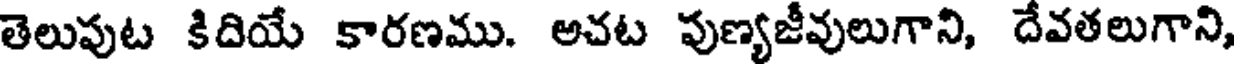
తెలుపుట కిదియే కారణము. అచట పుణ్యజీవులుగాని, దేవతలుగాని,